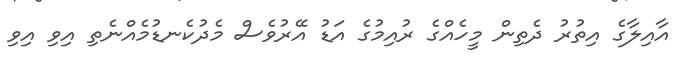
އާއިލާގެ އިތުރު ދެތިން މީހެއްގެ ރުއިމުގެ އަޑު އޭރުވެސް މެދުކެނޑުމެއްނެތި އިވި އިވި